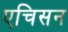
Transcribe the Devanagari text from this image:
एचिसन